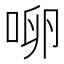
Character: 𰇬